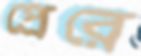
প্রেরে